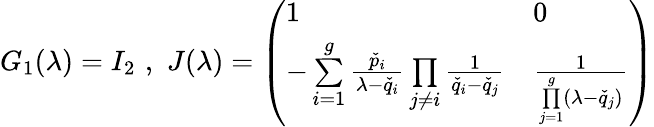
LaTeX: G_{1}(\lambda)=I_{2}\, \, ,\, \, J(\lambda)=\left(\begin{array}{ll}{1}&{0}\\ {-\underset{i=1}{\overset{g}{\sum}}\frac{\check{p}_{i}}{\lambda-\check{q}_{i}}\underset{j\neq i}{\prod}\frac{1}{\check{q}_{i}-\check{q}_{j}}}&{\frac{1}{\underset{j=1}{\overset{g}{\prod}}(\lambda-\check{q}_{j})}}\end{array}\right)